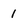
Character: 1